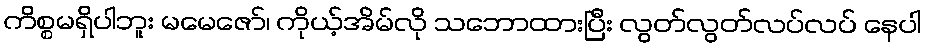
ကိစ္စမရှိပါဘူး မမေဇော်၊ ကိုယ့်အိမ်လို သဘောထားပြီး လွတ်လွတ်လပ်လပ် နေပါ